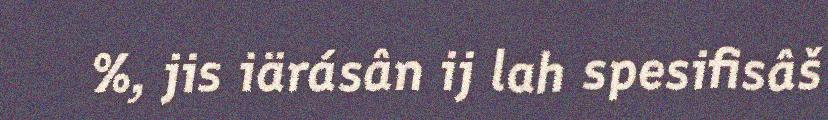
%, jis iärásân ij lah spesifisâš